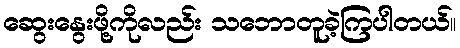
ဆွေးနွေးဖို့ကိုလည်း သဘောတူခဲ့ကြပါတယ်။